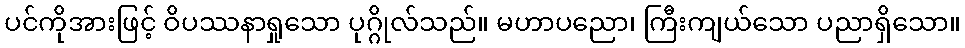
ပင်ကိုအားဖြင့် ဝိပဿနာရှုသော ပုဂ္ဂိုလ်သည်။ မဟာပညော၊ ကြီးကျယ်သော ပညာရှိသော။